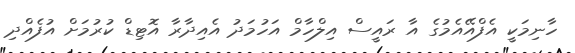
ހާނިމަކީ އެފްއޭއެމުގެ އާ ރައީސް އިލްހާމް އަހުމަދު އެއިދާރާ އޮޓިޑް ކުރުމަށް އުފެއްދި